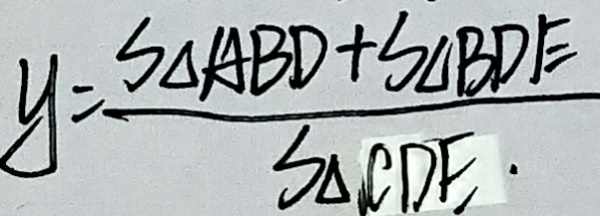
y = \frac { S \Delta A B D + S \Delta B D E } { S \Delta C D E \cdot }